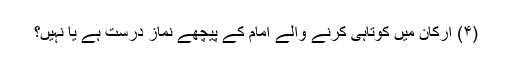
(۴) ارکان میں کوتاہی کرنے والے امام کے پیچھے نماز درست ہے یا نہیں؟